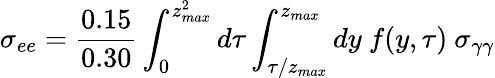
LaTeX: \sigma_{ee}=\frac{0.15}{0.30}\int_{0}^{z_{max}^{2}}d\tau\int_{\tau/z_{max}}^{z_{max}}dy\ f(y,\tau)\ \sigma_{\gamma\gamma}